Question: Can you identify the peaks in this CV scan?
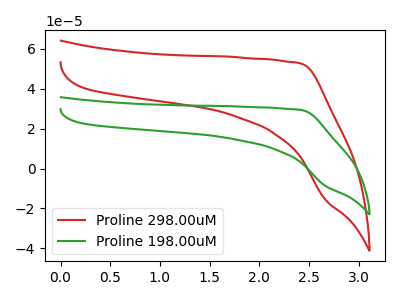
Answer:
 <answer>The red curve "Proline 298.00uM" has no peaks. The green curve "Proline 198.00uM" has no peaks.</answer>
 <eval></eval>